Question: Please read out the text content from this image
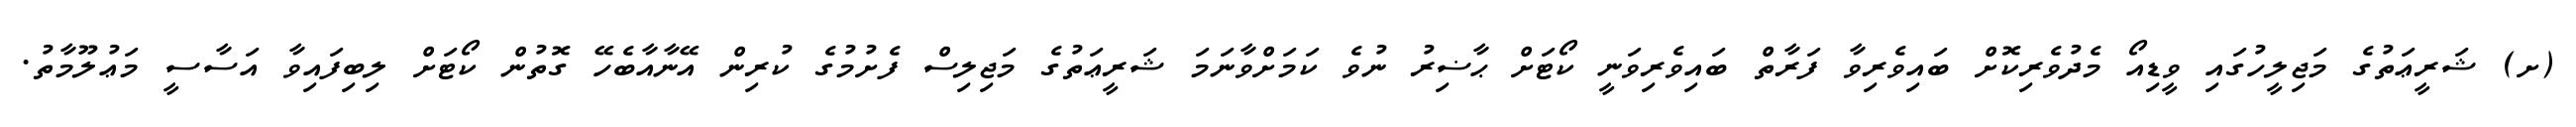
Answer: (ށ) ޝަރީޢަތުގެ މަޖިލީހުގައި ވީޑިއޯ މެދުވެރިކޮށް ބައިވެރިވާ ފަރާތް ބައިވެރިވަނީ ކޯޓަށް ޙާޟިރު ނުވެ ކަމަށްވާނަމަ ޝަރީޢަތުގެ މަޖިލިސް ފެށުމުގެ ކުރިން އޭނާއާބެހޭ ގޮތުން ކޯޓަށް ލިބިފައިވާ އަސާސީ މަޢުލޫމާތު.